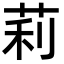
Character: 莉